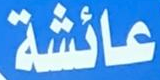
عائشة